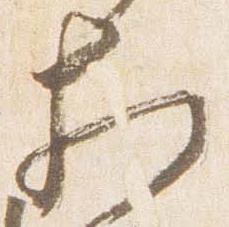
相